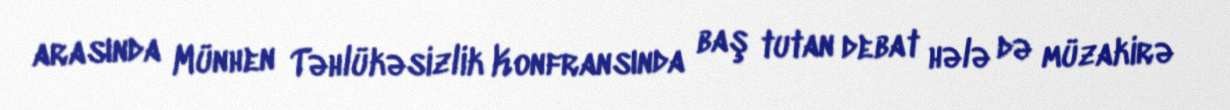
arasında Münhen Təhlükəsizlik Konfransında baş tutan debat hələ də müzakirə